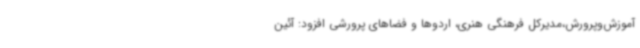
آموزش‌وپرورش،مدیرکل فرهنگی هنری، اردوها و فضاهای پرورشی افزود: آئین